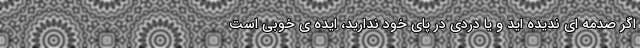
اگر صدمه ای ندیده اید و یا دردی در پای خود ندارید، ایده ی خوبی است